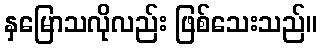
နှမြောသလိုလည်း ဖြစ်သေးသည်။